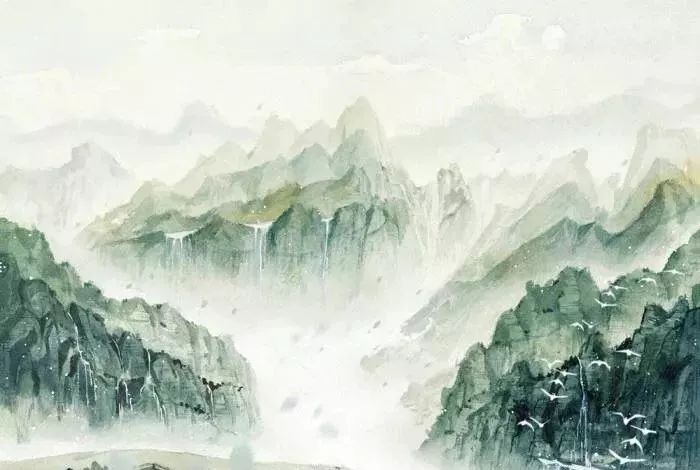
乡书何处达？归雁洛阳边。